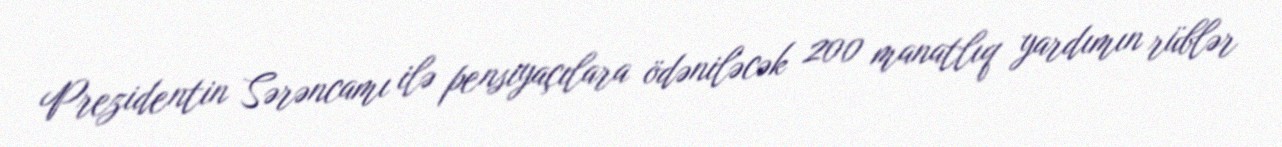
Prezidentin Sərəncamı ilə pensiyaçılara ödəniləcək 200 manatlıq yardımın rüblər